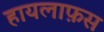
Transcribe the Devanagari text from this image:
हायलाफ़स